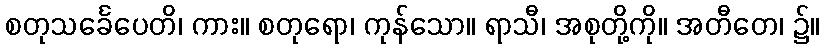
စတုသင်္ခေပေတိ၊ ကား။ စတုရော၊ ကုန်သော။ ရာသီ၊ အစုတို့ကို။ အတီတေ၊ ၌။